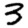
Digit: 3